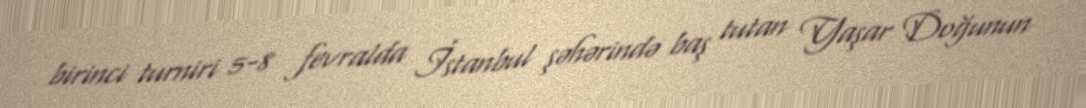
birinci turniri 5-8 fevralda İstanbul şəhərində baş tutan Yaşar Doğunun